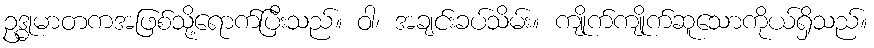
ဥဒ္ဓုမာတကအဖြစ်သို့ရောက်ပြီးသည်။ ဝါ၊ အချင်းခပ်သိမ်း။ ကျိုက်ကျိုက်ဆူသောကိုယ်ရှိသည်။